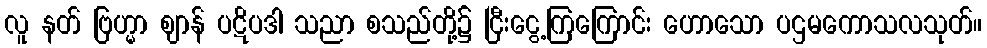
လူ နတ် ဗြဟ္မာ ဈာန် ပဋိပဒါ သညာ စသည်တို့၌ ငြီးငွေ့ကြကြောင်း ဟောသော ပဌမကောသလသုတ်။